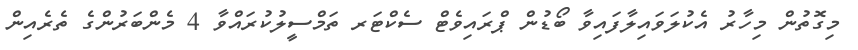
މިގޮތުން މިހާރު އެކުލަވައިލާފައިވާ ބޯޑުން ޕްރައިވެޓް ސެކްޓަރ ތަމްސީލުކުރައްވާ 4 މެންބަރުންގެ ތެރެއިން